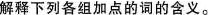
解释下列各组加点的词的含义。